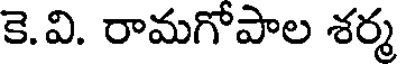
కె.వి. రామగోపాల శర్మ